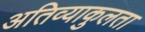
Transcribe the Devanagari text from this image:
अतिव्याकुलता